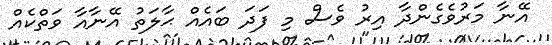
އޭނާ މަރުވެގެންދާ އިރު ވެސް މި ފަދަ ބައެއް ޙާލަތު އޭނާއާ ވަތްކެއް